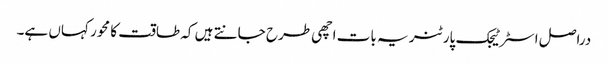
دراصل اسٹرٹیجک پارٹنر یہ بات اچھی طرح جانتے ہیں کہ طاقت کا محور کہاں ہے۔